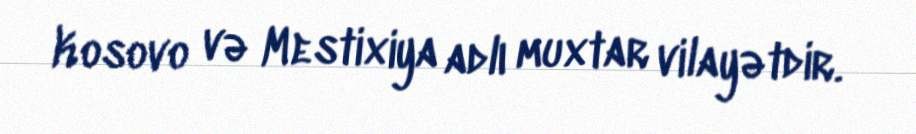
Kosovo və Mestixiya adlı muxtar vilayətdir.